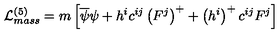
{ \cal L } _ { m a s s } ^ { ( 5 ) } = m \left[ \overline { { \psi } } \psi + h ^ { i } c ^ { i j } \left( F ^ { j } \right) ^ { + } + \left( h ^ { i } \right) ^ { + } c ^ { i j } F ^ { j } \right]